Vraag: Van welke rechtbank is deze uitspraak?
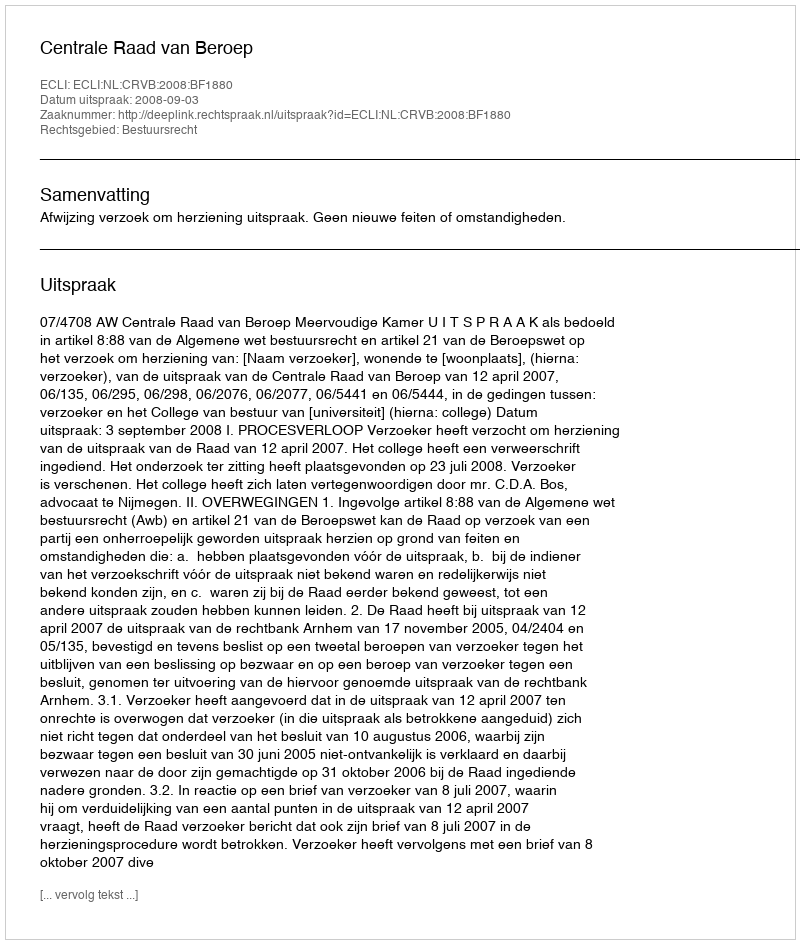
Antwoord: Centrale Raad van Beroep